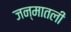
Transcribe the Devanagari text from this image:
जन्मातली